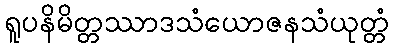
ရူပနိမိတ္တဿာဒသံယောဇနသံယုတ္တံ